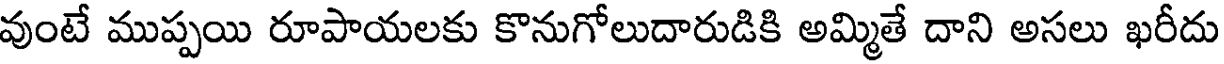
వుంటే ముప్పయి రూపాయలకు కొనుగోలుదారుడికి అమ్మితే దాని అసలు ఖరీదు